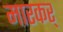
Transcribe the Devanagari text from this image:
मारकर्